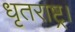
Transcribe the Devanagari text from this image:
धृतराष्ट्र।